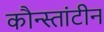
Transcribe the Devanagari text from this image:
कौन्स्तांटीन